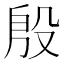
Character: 殷